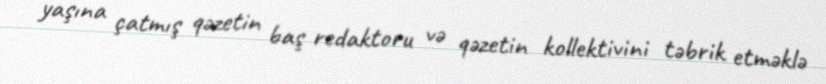
yaşına çatmış qəzetin baş redaktoru və qəzetin kollektivini təbrik etməklə